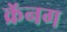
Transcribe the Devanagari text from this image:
क्रॅनग